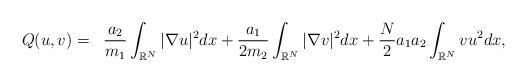
LaTeX: \begin{align*}\left.\begin{array}{ll}Q(u,v)=&\displaystyle\dfrac{a_2}{m_1}\int_{\mathbb{R}^N}|\nabla u|^2dx+\dfrac{a_1}{2m_2}\int_{\mathbb{R}^N}|\nabla v|^2dx+\dfrac{N}{2}a_1a_2\int_{\mathbb{R}^N}v u ^2dx,\end{array}\right.\end{align*}